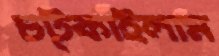
চট্‌কাইলাম